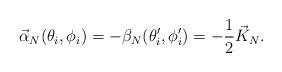
LaTeX: \begin{align*}\vec \alpha_N(\theta_i,\phi_i)=-\beta _N(\theta_i^\prime, \phi_i^\prime)= -{1 \over 2} \vec K_N.\end{align*}